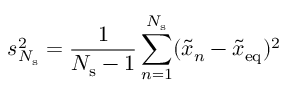
s _ { N _ { \mathrm { s } } } ^ { 2 } = \frac { 1 } { N _ { \mathrm { s } } - 1 } \sum _ { n = 1 } ^ { N _ { \mathrm { s } } } ( \tilde { x } _ { n } - \tilde { x } _ { \mathrm { e q } } ) ^ { 2 }